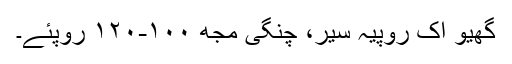
گھیو اک روپیہ سیر، چنگی مجھ ١٠٠-١٢٠ روپئے۔